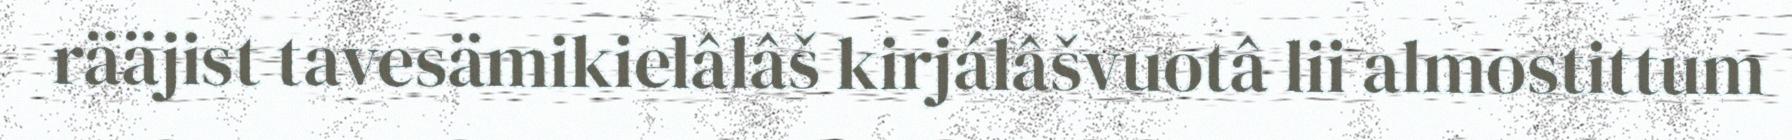
rääjist tavesämikielâlâš kirjálâšvuotâ lii almostittum